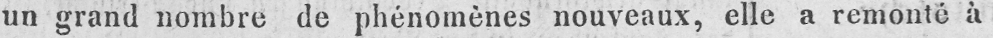
un grand nombre de phénomènes nouveaux, elle a remonté à